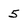
Character: 5